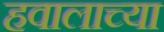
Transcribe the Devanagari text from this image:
हवालाच्या